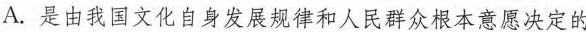
A.是由我国文化自身发展规律和人民群众根本意愿决定的